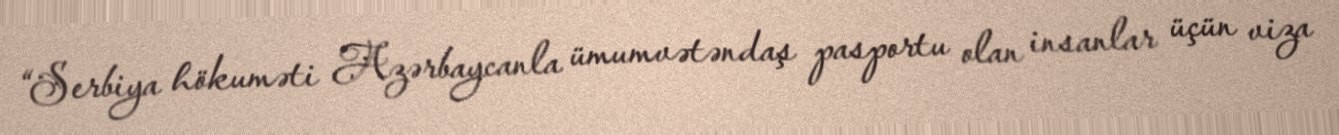
“Serbiya hökuməti Azərbaycanla ümumvətəndaş pasportu olan insanlar üçün viza